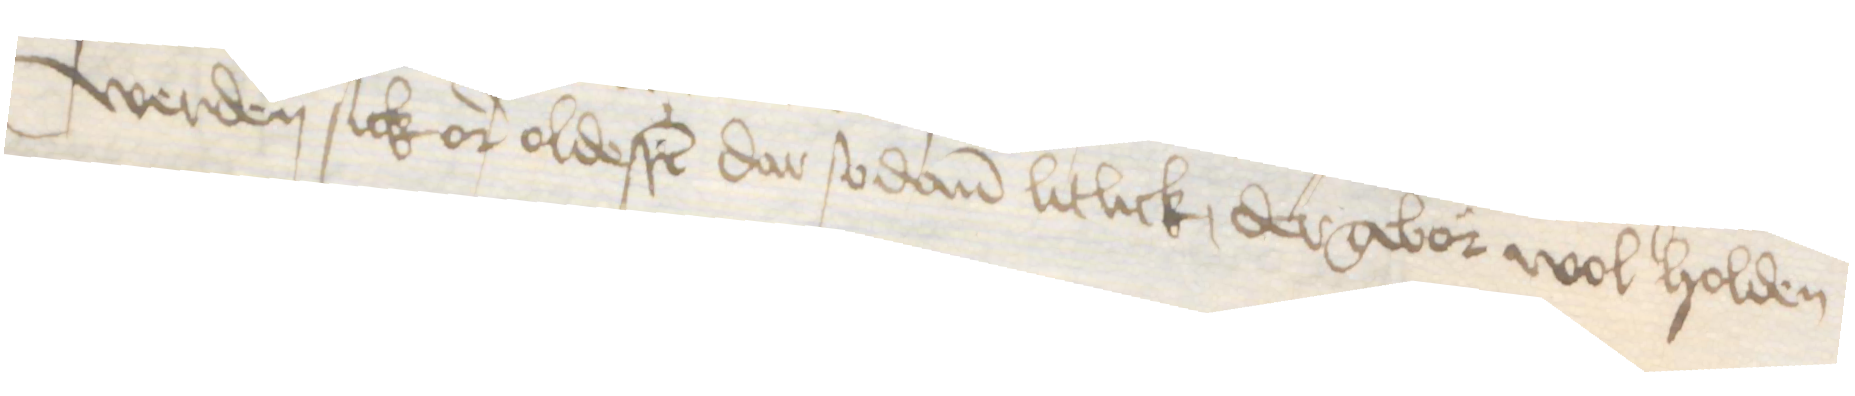
werden sick or oldesten dar sodanen litlick dergebor wol holden